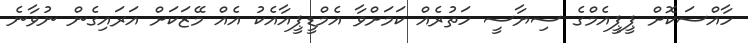
ހާއްސަކޮށް ޕީޕީއެމްގެ ސިޔާސީ ހަތުރެއް ކަމަށްވާ އެމްޑީޕީއާއެކު އެއް މޭޒަކަށް އަރައިގެން ނުވާނެ